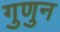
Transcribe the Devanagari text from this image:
गुणुन